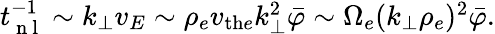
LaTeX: \begin{array}{r}{t_{\mathrm{~n~l~}}^{-1}\sim k_{\perp}v_{E}\sim\rho_{e}v_{\mathrm{th}e}k_{\perp}^{2}\bar{\varphi}\sim\Omega_{e}(k_{\perp}\rho_{e})^{2}\bar{\varphi}.}\end{array}